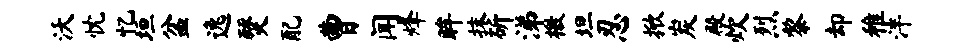
沃忱忆垣盆逸燹配曹闻烽眸抹斫涕檄坦忍掀炭殿炊烈黎却稚泮